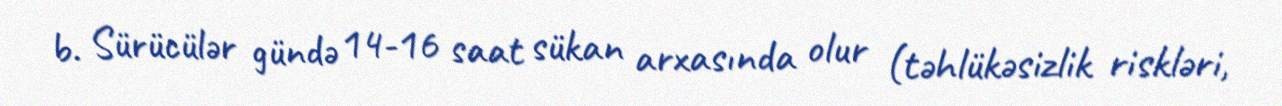
b. Sürücülər gündə 14-16 saat sükan arxasında olur (təhlükəsizlik riskləri,